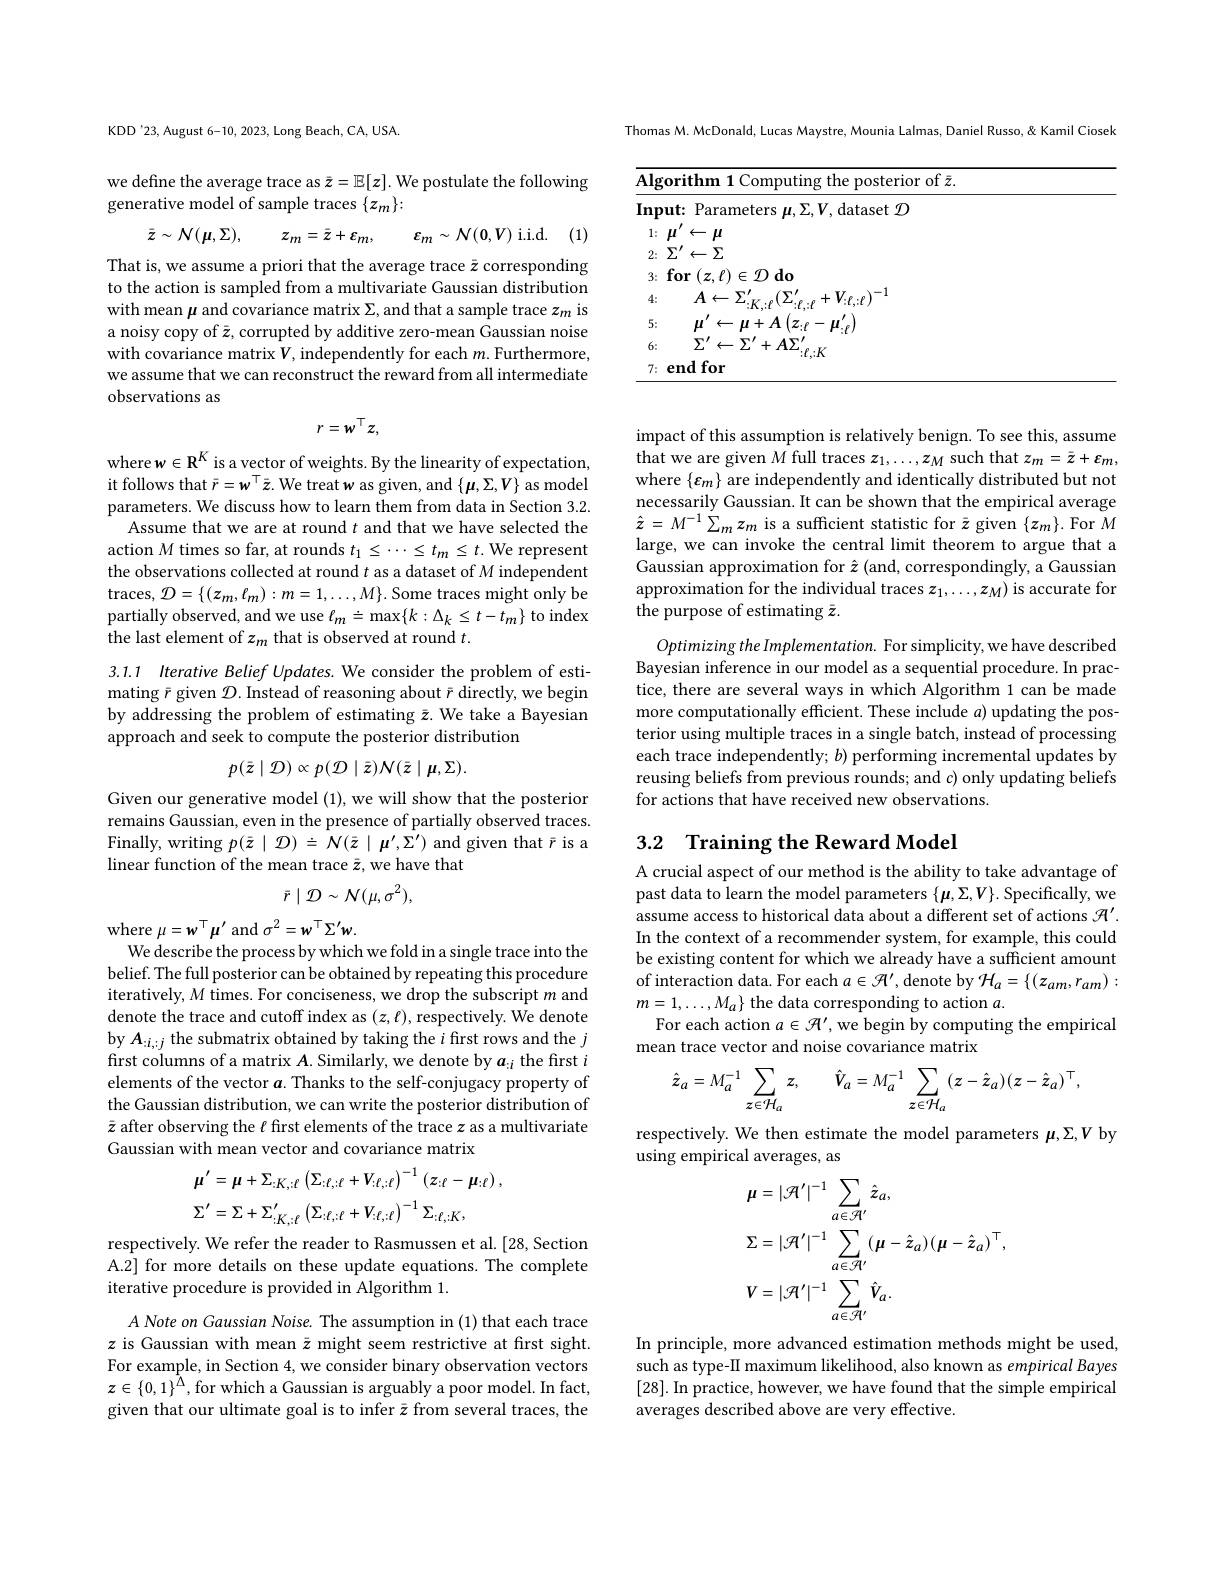
KDD'23, August 6-10, 2023, Long Beach, CA, USA

we define the average trace as $\bar{z}=\mathbb{E}[z].$ We postulate the following
generative model of sample traces $\{z_m\}:$
$$\bar{z}\sim\mathcal{N}(\mu,\Sigma),\quad z_{m}=\bar{z}+\varepsilon_{m},\quad\varepsilon_{m}\sim\mathcal{N}(0,V)\:\mathrm{i.i.d}$$
(1)

That is, we assume a priori that the average trace $\bar{z}$ corresponding to the action is sampled from a multivariate Gaussian distribution with mean $\mu$ and covariance matrix $\Sigma$,and that a sample trace $z_m$ is a noisy copy of $\bar{z}$, corrupted by additive zero-mean Gaussian noise with covariance matrix $V$, independently for each $m.$ Furthermore, we assume that we can reconstruct the reward from all intermediate observations as
$$r=w^{\top}z,$$
where $w\in\mathbb{R}^K$ is a vector of weights. By the linearity of expectation, it follows that $\bar{r}=w^{\top}\bar{z}.$ We treat $w$ as given, and $\{\boldsymbol\mu,\Sigma,V\}$ as model parameters. We discuss how to learn them from data in Section 3.2.
Assume that we are at round $t$ and that we have selected the action $M$ times so far, at rounds $t_1\leq\cdots\leq t_m\leq t.$ We represent the observations collected at round $t$ as a dataset of $M$ independent traces, $\mathcal{D} = \{ ( z_{m}, \ell _{m}) : m= 1, \ldots , M\} .$ Some traces might only be partially observed, and we use $\ell_m\doteq\max\{k:\Delta_k\leq t-t_m\}$ to index the last element of $z_m$ that is observed at round $t.$

3.1.1 Iterative Belief Updates. We consider the problem of estimating $\bar{r}$ given $\mathcal{D}.$ Instead of reasoning about $\bar{r}$ directly, we begin by addressing the problem of estimating $\bar{z}.$ We take a Bayesian approach and seek to compute the posterior distribution
$$p(\bar{z}\mid\mathcal{D})\propto p(\mathcal{D}\mid\bar{z})\mathcal{N}(\bar{z}\mid\mu,\Sigma).$$
Given our generative model (1), we will show that the posterior remains Gaussian, even in the presence of partially observed traces. Finally, writing $p( \bar{z} \mid \mathcal{D} ) \doteq \dot{N} ( \bar{z} \mid \boldsymbol{\mu }^{\prime }, \hat{\Sigma } ^{\prime })$ and given that $\bar{r}$ is a linear function of the mean trace $\bar{z}$,we have that
$$\bar{r}\mid\mathcal{D}\sim\mathcal{N}(\mu,\sigma^2),$$
where $\mu=w^{\top}\mu^{\prime}$ and $\sigma^2=w^{\top}\Sigma^{\prime}w.$
We describe the process by which we fold in a single trace into the belief. The full posterior can be obtained by repeating this procedure iteratively, $M$ times. For conciseness, we drop the subscript $m$ and denote the trace and cutoff index as $(z,\ell)$,respectively. We denote by $A_{:i,:j}$ the submatrix obtained by taking the $i$ first rows and the $j$ first columns of a matrix $A.$ Similarly, we denote by $a_{:i}$ the first $i$ elements of the vector $a.$ Thanks to the self-conjugacy property of the Gaussian distribution, we can write the posterior distribution of $\bar{z}$ after observing the $\ell$ first elements of the trace $z$ as a multivariate Gaussian with mean vector and covariance matrix
$$\begin{aligned}&\mu^{\prime}=\mu+\Sigma_{:K,:\ell}\left(\Sigma_{:\ell,:\ell}+V_{:\ell,:\ell}\right)^{-1}\left(z_{:\ell}-\mu_{:\ell}\right),\\&\Sigma^{\prime}=\Sigma+\Sigma_{:K,:\ell}^{\prime}\left(\Sigma_{:\ell,:\ell}+V_{:\ell,:\ell}\right)^{-1}\Sigma_{:\ell,:K},\end{aligned}$$
respectively. We refer the reader to Rasmussen et al. [28, Section A.2] for more details on these update equations. The complete iterative procedure is provided in Algorithm 1.

A Note on Gaussian Noise. The assumption in (1) that each trace $z$ is Gaussian with mean $\bar{z}$ might seem restrictive at first sight. For example, in Section 4, we consider binary observation vectors $z\in\{0,1\}^{\hat{\Lambda}}$,for which a Gaussian is arguably a poor model. In fact, given that our ultimate goal is to infer $\bar{z}$ from several traces, the

Thomas M. McDonald, Lucas Maystre, Mounia Lalmas, Daniel Russo, & Kamil Ciosek

<table>
	<tbody>
		<tr>
			<th>$\mathbf{A}$</th>
			<th>${\mathrm{Algorithm~1~Computing~the~posterior~of~}\bar{z}}.$</th>
			<th>posterior of $\bar{z}.$ ifhm the</th>
		</tr>
		<tr>
			<td>$In$ T</td>
			<td>Input: Parameters $\mu,\Sigma,V$,dataset $\mathcal{D}$</td>
			<td>lataset $\mathcal{D}$</td>
		</tr>
		<tr>
			<td> </td>
			<td>$\mu^{\prime}\leftarrow\mu$ 1:</td>
			<td>$\leftarrow\mu$</td>
		</tr>
		<tr>
			<td> </td>
			<td>$2\nobreak {: } $ $\Sigma ^{\prime }\leftarrow \Sigma$</td>
			<td>$\leftarrow\Sigma$</td>
		</tr>
		<tr>
			<td> </td>
			<td>$3\nobreak {: } \textbf{for}( z, \ell ) \in \mathcal{D}$do</td>
			<td>$\in\mathcal{D}$do</td>
		</tr>
		<tr>
			<td> </td>
			<td>4: $A\leftarrow$ $\sum_{i=1}^{\infty}$ $V_{.\ell}\cdot\ell)^{-1}$ ,</td>
			<td>$A\leftarrow$ > $V_{.\rho\cdot\rho})^{-1}$</td>
		</tr>
		<tr>
			<td> </td>
			<td>5: $\Pi^{\prime}$ $\cdot\mu$ $1+A$ 7 $U^{\prime}$</td>
			<td>111 LI</td>
		</tr>
		<tr>
			<td> </td>
			<td>6: $\Sigma^{\prime}\leftarrow\Sigma^{\prime}+A\Sigma^{\prime}$ $V$</td>
			<td>$\Sigma^{\prime}\leftarrow\Sigma$ $\Sigma^{\prime}+A\Sigma$</td>
		</tr>
		<tr>
			<td> </td>
			<td>endfor 7:</td>
			<td>for $10d$</td>
		</tr>
	</tbody>
</table>

impact of this assumption is relatively benign. To see this, assume $\dot{\text{that we are given }M}$full traces $z_1,\ldots,z_M$ such that $z_m=\bar{z}+\varepsilon_m$, where $\{\boldsymbol\varepsilon_m\}$ are independently and identically distributed but not necessarily Gaussian. It can be shown that the empirical average $\hat{z}=M^{-1}\sum_{m}z_{m}$ is a sufficient statistic for $\bar{z}$ given $\{z_m\}.$ For $M$ large, we can invoke the central limit theorem to argue that a Gaussian approximation for $\hat{z}$ (and, correspondingly, a Gaussian $\begin{array}{c}\text{approximation for the individual traces }z_1,\ldots,z_M)\mathrm{~is~accurate~for}\\\end{array}$ the purpose of estimating $\bar{z}.$

Optimizing the Implementation. For simplicity, we have described Bayesian inference in our model as a sequential procedure. In practice, there are several ways in which Algorithm 1 can be made more computationally efficient. These include $a)$ updating the posterior using multiple traces in a single batch, instead of processing each trace independently; $b)$ performing incremental updates by reusing beliefs from previous rounds; and $c)$ only updating beliefs for actions that have received new observations.

## 3.2 Training the Reward Model

A crucial aspect of our method is the ability to take advantage of past data to learn the model parameters $\{\boldsymbol\mu,\Sigma,V\}.$ Specifically, we assume access to historical data about a different set of actions $\mathcal{H}^\prime.$ In the context of a recommender system, for example, this could be existing content for which we already have a sufficient amount of interaction data. For each $a\in\mathcal{H}^\prime$,denote by $\mathcal{H}_a=\{(z_am,r_{am}):$ $m=1,\ldots,M_{a}\}$ the data corresponding to action $a.$
For each action $a\in\mathcal{A}^\prime$, we begin by computing the empirical
mean trace vector and noise covariance matrix
$$\hat{z}_{a}=M_{a}^{-1}\sum_{z\in\mathcal{H}_{a}}z,\quad\hat{V}_{a}=M_{a}^{-1}\sum_{z\in\mathcal{H}_{a}}(z-\hat{z}_{a})(z-\hat{z}_{a})^{\top},$$
respectively. We then estimate the model parameters $\mu,\Sigma,V$ by
using empirical averages, as
$$\begin{aligned}&\mu=|\mathcal{R}^{\prime}|^{-1}\sum_{a\in\mathcal{R}^{\prime}}\hat{z}_{a},\\&\Sigma=|\mathcal{R}^{\prime}|^{-1}\sum_{a\in\mathcal{R}^{\prime}}(\mu-\hat{z}_{a})(\mu-\hat{z}_{a})^{\top},\\&V=|\mathcal{R}^{\prime}|^{-1}\sum_{a\in\mathcal{R}^{\prime}}\hat{V}_{a}.\end{aligned}$$
In principle, more advanced estimation methods might be used, such as type-II maximum likelihood, also known as empirical Bayes [28]. In practice, however, we have found that the simple empirical averages described above are very effective.